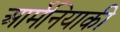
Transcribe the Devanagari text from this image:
आर्मेनियाकी